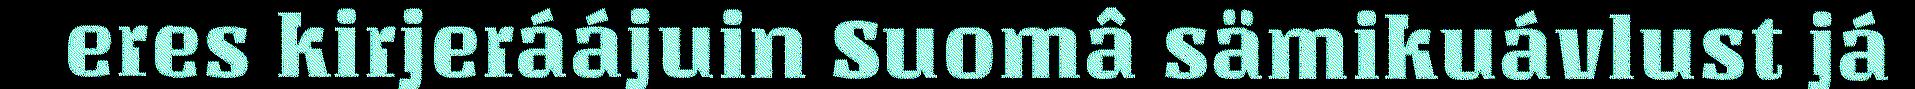
eres kirjeráájuin Suomâ sämikuávlust já